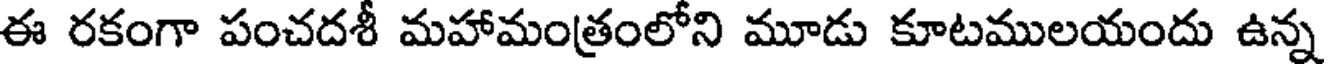
ఈ రకంగా పంచదశీ మహామంత్రంలోని మూడు కూటములయందు ఉన్న